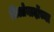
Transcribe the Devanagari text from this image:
लिओनार्दोच्या